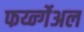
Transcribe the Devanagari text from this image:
फर्य्न्गेअल